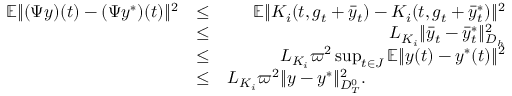
\begin{array} { r l r } { \mathbb { E } \| ( { \Psi } y ) ( t ) - ( \Psi y ^ { * } ) ( t ) \| ^ { 2 } } & { \leq } & { \mathbb { E } \| { \cal K } _ { i } ( t , g _ { t } + \bar { y } _ { t } ) - { \cal K } _ { i } ( t , g _ { t } + \bar { y } _ { t } ^ { * } ) \| ^ { 2 } } \\ & { \leq } & { L _ { { \cal K } _ { i } } \| \bar { y } _ { t } - \bar { y } _ { t } ^ { * } \| _ { { \cal D } _ { h } } ^ { 2 } } \\ & { \leq } & { L _ { { \cal K } _ { i } } \varpi ^ { 2 } \operatorname* { s u p } _ { t \in { \cal J } } \mathbb { E } \| y ( t ) - y ^ { * } ( t ) \| ^ { 2 } } \\ & { \leq } & { L _ { { \cal K } _ { i } } \varpi ^ { 2 } \| y - y ^ { * } \| _ { { \cal D } _ { T } ^ { 0 } } ^ { 2 } . \qquad \qquad \qquad \qquad } \end{array}